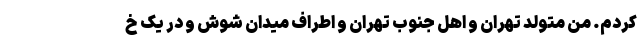
کردم. من متولد تهران و اهل جنوب تهران و اطراف میدان شوش و در یک خ